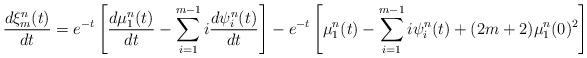
LaTeX: \begin{align*}\frac{d\xi^{n}_m(t)}{dt}=e^{-t}\left[\frac{d\mu^{n}_1(t)}{dt}-\sum_{i=1}^{m-1} i\frac{d\psi^{n}_i(t)}{dt}\right]-e^{-t}\left[\mu^{n}_1(t)-\sum_{i=1}^{m-1}i\psi^{n}_i(t)+(2m+2)\mu^{n}_1(0)^2\right]\end{align*}